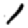
Digit: 1